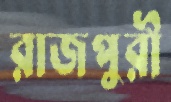
রাজপুরী